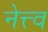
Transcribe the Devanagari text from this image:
नेत्त्व